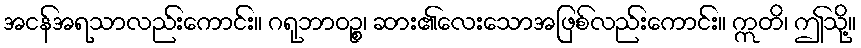
အငန်အရသာလည်းကောင်း။ ဂရုဘာဝဉ္စ၊ ဆား၏လေးသောအဖြစ်လည်းကောင်း။ ဣတိ၊ ဤသို့။